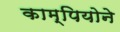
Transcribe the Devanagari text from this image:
काम्पियोने